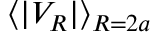
\langle | V _ { R } | \rangle _ { R = 2 a }